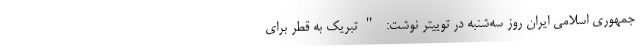
جمهوری اسلامی ایران روز سه‌شنبه در توییتر نوشت: "تبریک به قطر برای